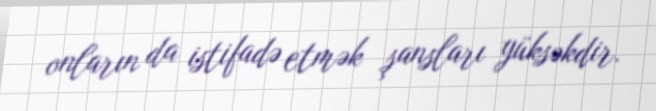
onların da istifadə etmək şansları yüksəkdir.